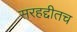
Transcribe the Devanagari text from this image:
सरहद्दीतच